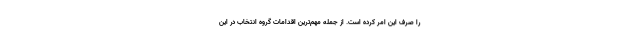
را صرف این امر کرده است. از جمله مهم‌ترین اقدامات گروه انتخاب در این